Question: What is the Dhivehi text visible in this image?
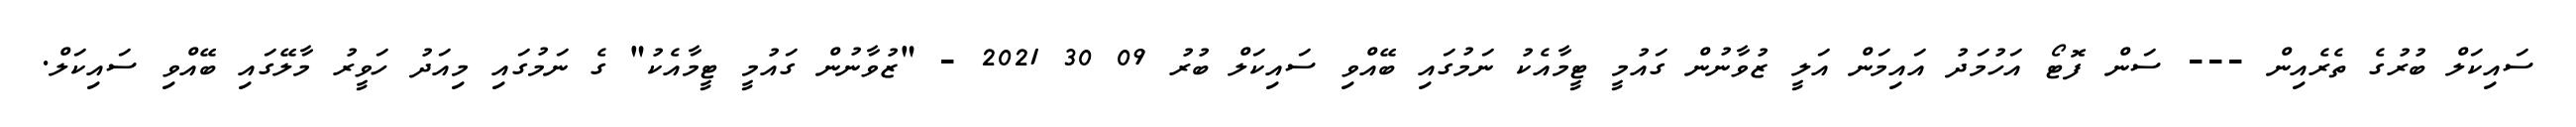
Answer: ސައިކަލް ބުރުގެ ތެރެއިން --- ސަން ފޮޓޯ އަހުމަދު އައިމަން އަލީ ޒުވާނުން ގައުމީ ޓީމާއެކު ނަމުގައި ބޭއްވި ސައިކަލް ބުރު 09 30 2021 - "ޒުވާނުން ގައުމީ ޓީމާއެކު" ގެ ނަމުގައި މިއަދު ހަވީރު މާލޭގައި ބޭއްވި ސައިކަލް.